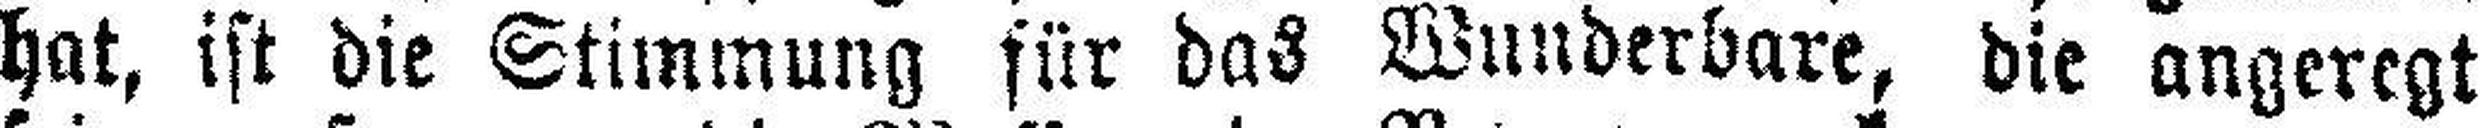
hat, ist die Stimmung für das Wunderbare, die angeregt